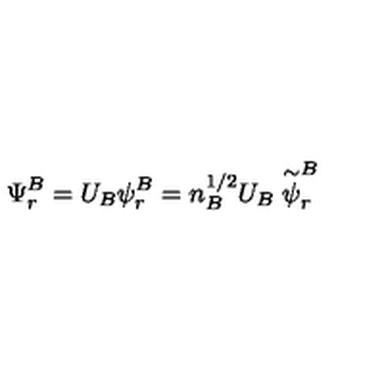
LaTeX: \Psi _ { r } ^ { B } = U _ { B } { \psi } _ { r } ^ { B } = n _ { B } ^ { 1 / 2 } U _ { B } \stackrel { \sim } { \psi } _ { r } ^ { B }